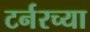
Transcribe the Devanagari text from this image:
टर्नरच्या